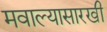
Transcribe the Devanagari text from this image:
मवाल्यासारखी